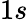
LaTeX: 1s